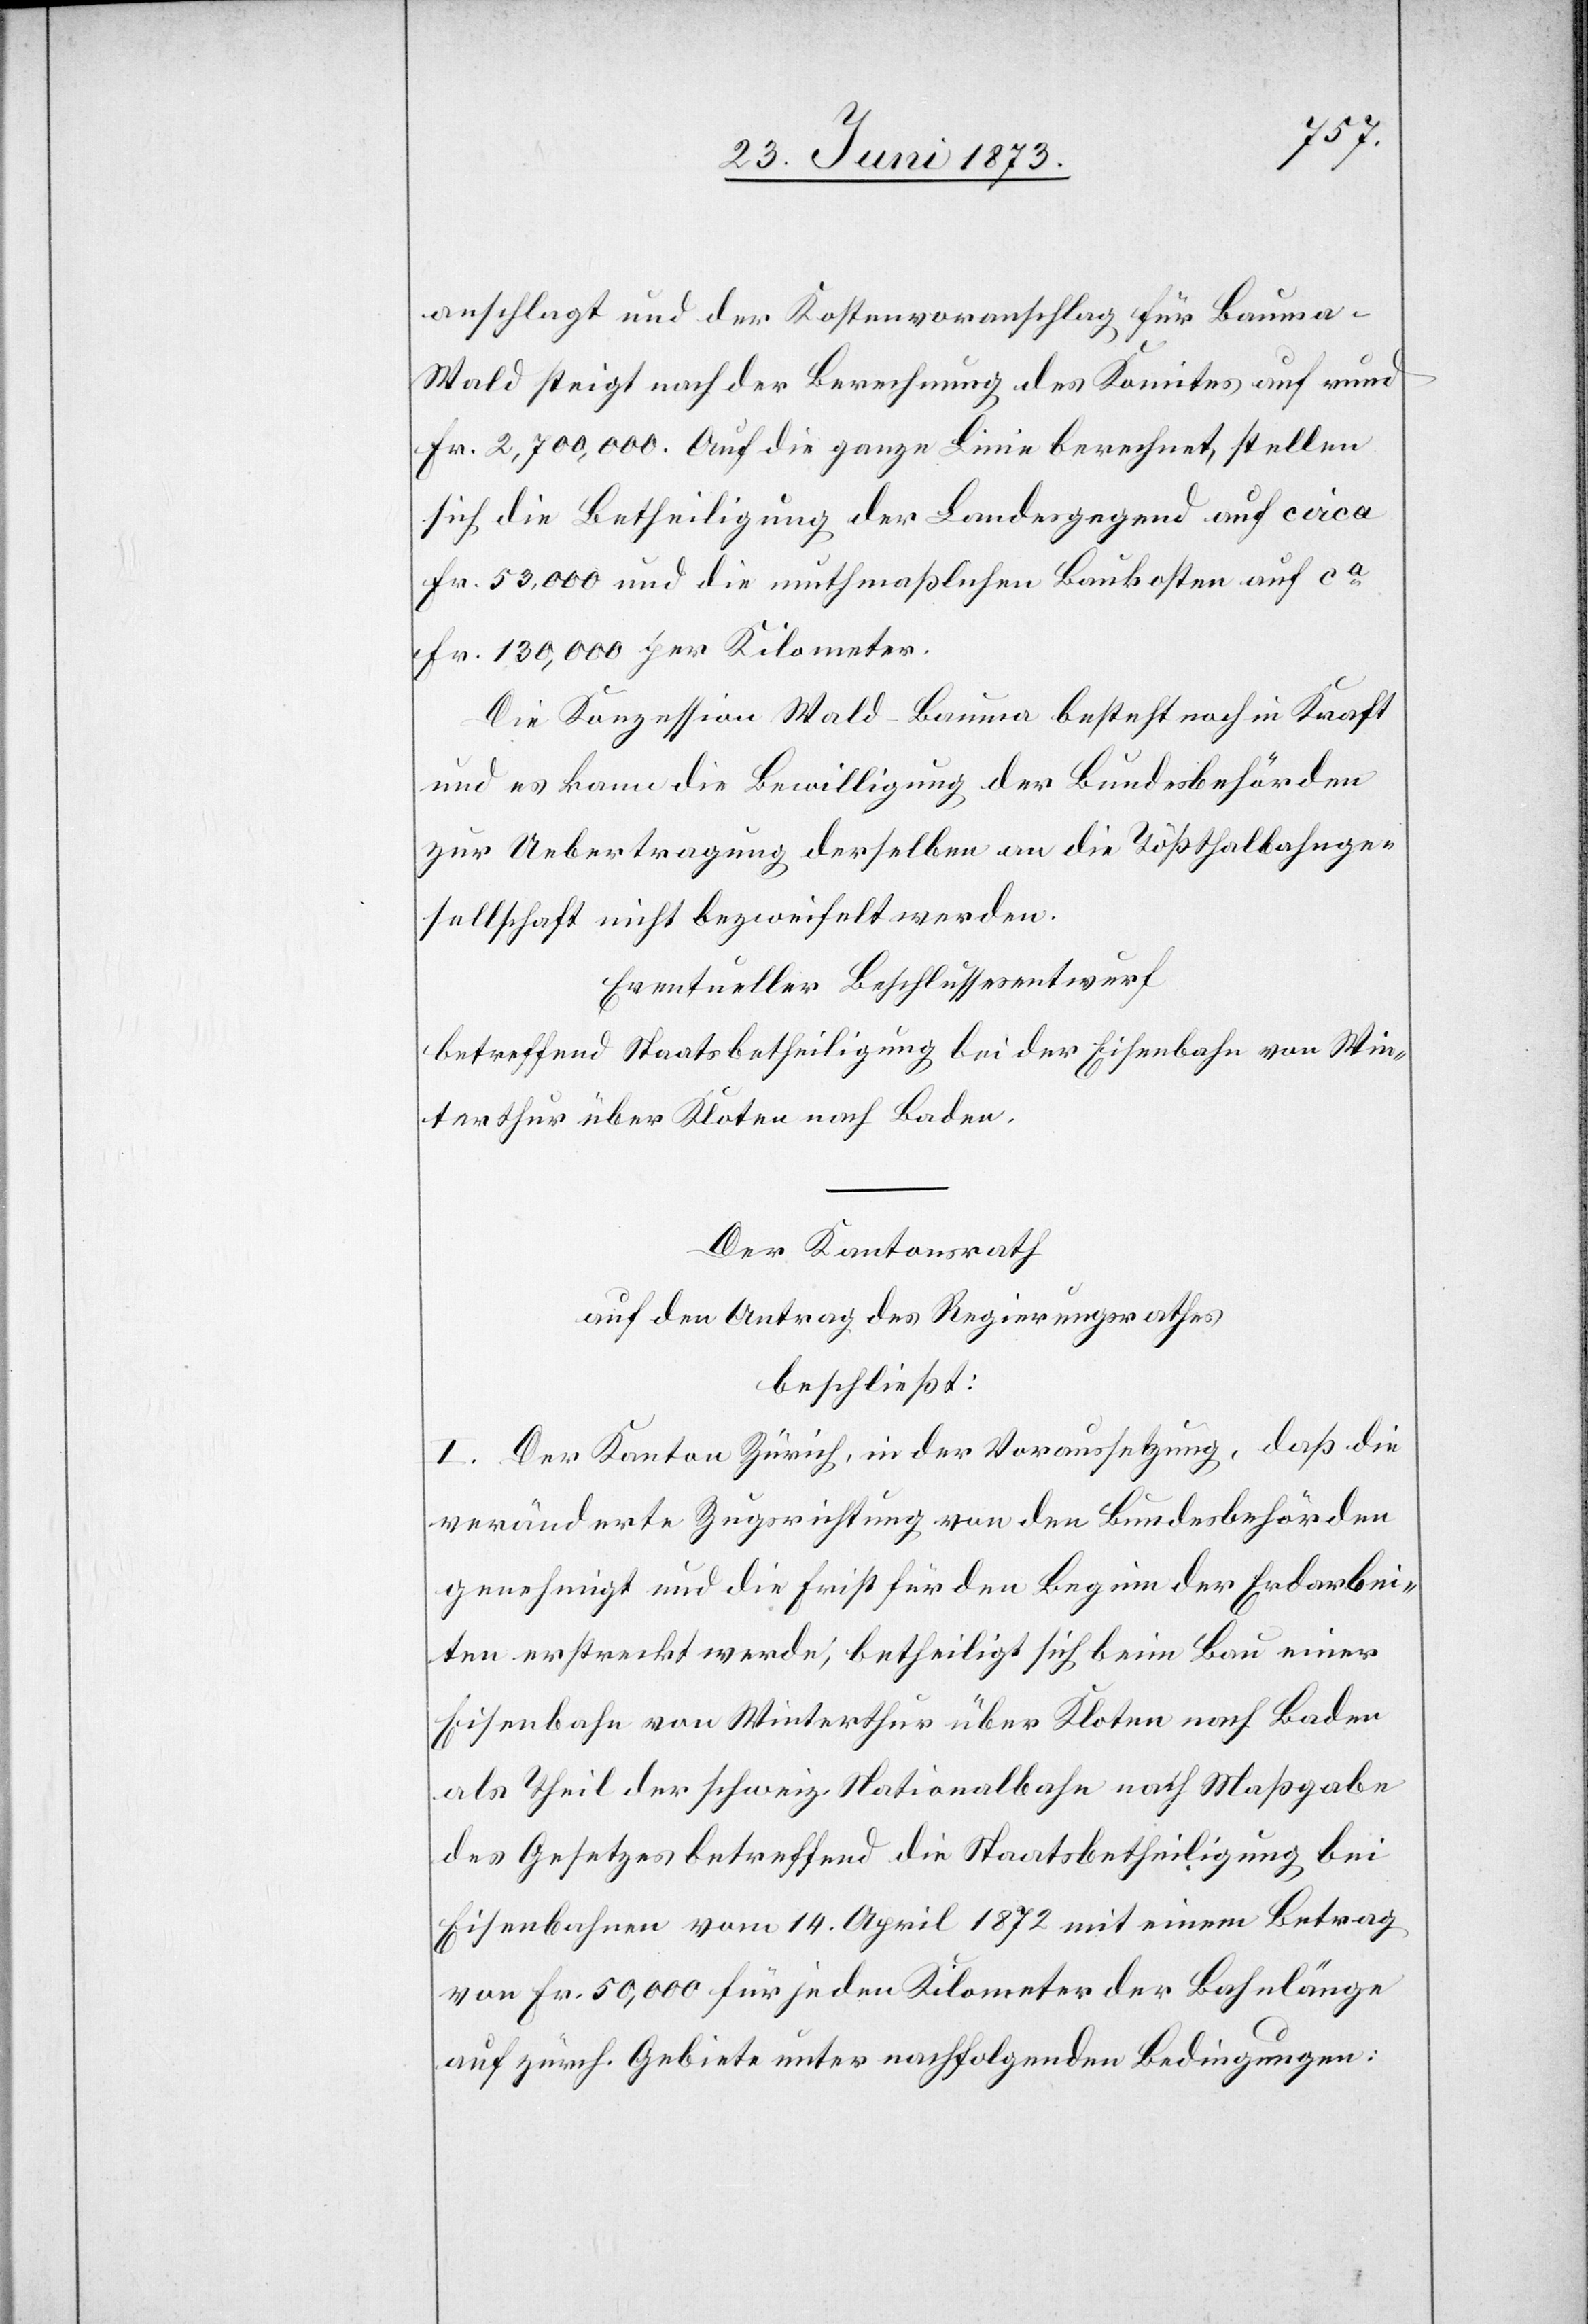
anschlagt und der Kostenvoranschlag für Bauma–W¬
ald stiegt nach der Berechnung des Komites auf rund
Fr. 2,700,000. Auf die ganze Linie berechnet, stellen
sich die Betheiligung der Landesgegend auf circa
Fr. 53,000 und die muthmaßlichen Baukosten auf ca
Fr. 130,000 per Kilometer.
Die Konzession Wald–Bauma besteht noch in Kraft
und es kann die Bewilligung der Bundesbehörden
zur Uebertragung derselben an die Tößthalbahnge¬
sellschaft nicht bezweifelt werden.
Eventueller Beschlussesentwurf
betreffend Staatsbetheiligung bei der Eisenbahn von Win¬
terthur über Kloten nach Baden.
Der Kantonsrath
auf den Antrag des Regierungsrathes
beschließt:
I. Der Kanton Zürich, in der Voraussetzung, daß die
veränderte Zugsrichtung von den Bundesbehörden
genehmigt und die Frist für den Beginn der Erdarbei¬
ten erstreckt werde, betheiligt sich beim Bau einer
Eisenbahn von Winterthur über Kloten nach Baden
als Theil der schweiz. Nationalbahn nach Maßgabe
des Gesetzes betreffend die Staatsbetheiligung bei
Eisenbahnen vom 14. April 1872 mit einem Betrag
von Fr. 50,000 für jeden Kilometer der Bahnlänge
auf zürch. Gebiete unter nachfolgenden Bedingungen: